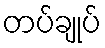
တပ်ချုပ်